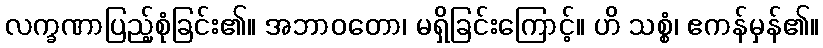
လက္ခဏာပြည့်စုံခြင်း၏။ အဘာဝတော၊ မရှိခြင်းကြောင့်။ ဟိ သစ္စံ၊ ဧကန်မှန်၏။